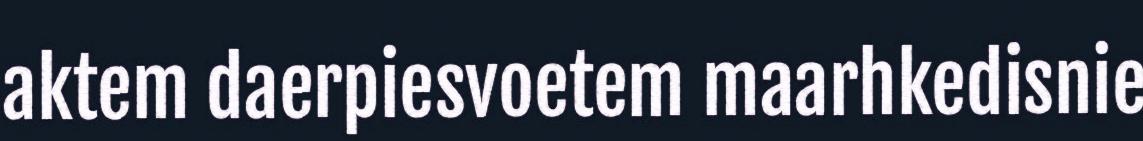
aktem daerpiesvoetem maarhkedisnie